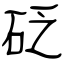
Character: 砭